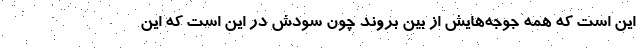
این است که همه جوجه‌هایش از بین بروند چون سودش در این است که این